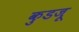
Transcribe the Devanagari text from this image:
कुडजू